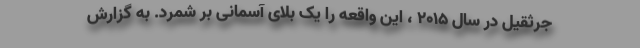
جرثقیل در سال ۲۰۱۵ ، این واقعه را یک بلای آسمانی بر شمرد. به گزارش